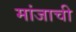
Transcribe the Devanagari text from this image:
मांजाची